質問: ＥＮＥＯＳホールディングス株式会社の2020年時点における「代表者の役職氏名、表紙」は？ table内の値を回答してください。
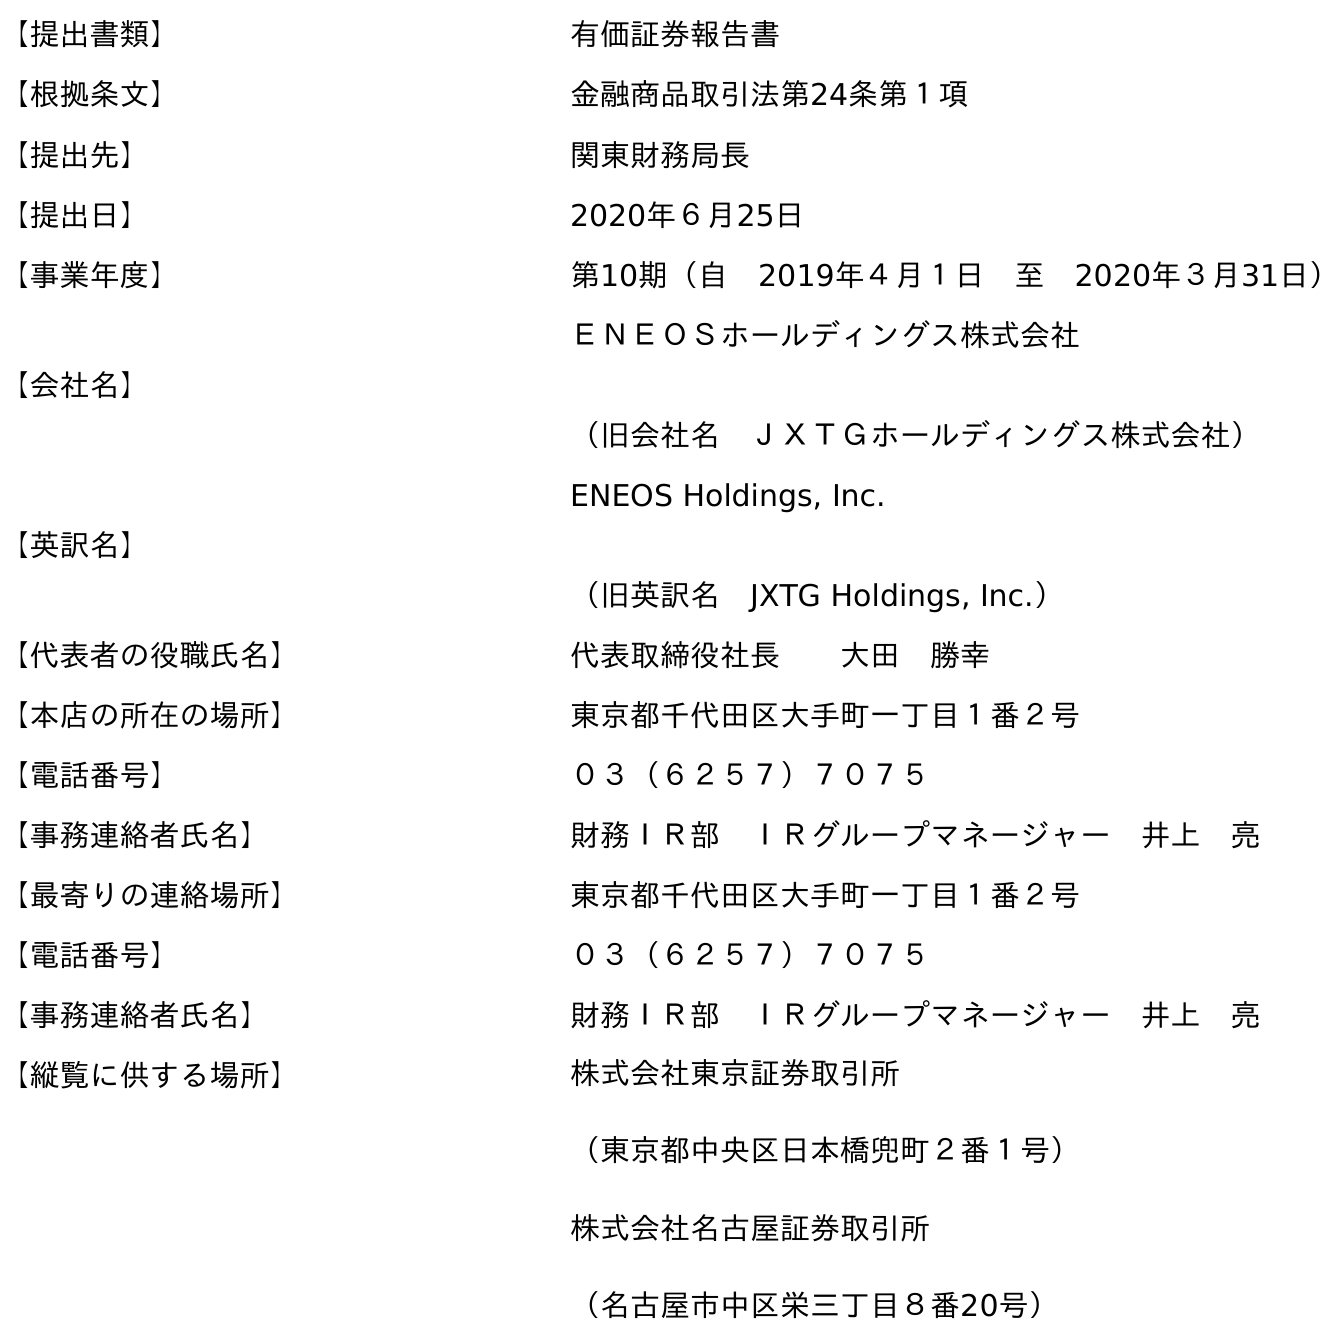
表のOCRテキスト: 【提出書類】 有価証券報告書 【根拠条文】 金融商品取引法第24条第１項 【提出先】 関東財務局長 【提出日】 2020年６月25日 【事業年度】 第10期（自 2019年４月１日 至 2020年３月31日） 【会社名】 ＥＮＥＯＳホールディングス株式会社 （旧会社名 ＪＸＴＧホールディングス株式会社） 【英訳名】 ENEOS Holdings, Inc. （旧英訳名 JXTG Holdings, Inc.） 【代表者の役職氏名】 代表取締役社長  大田 勝幸 【本店の所在の場所】 東京都千代田区大手町一丁目１番２号 【電話番号】 ０３（６２５７）７０７５ 【事務連絡者氏名】 財務ＩＲ部 ＩＲグループマネージャー 井上 亮 【最寄りの連絡場所】 東京都千代田区大手町一丁目１番２号 【電話番号】 ０３（６２５７）７０７５ 【事務連絡者氏名】 財務ＩＲ部 ＩＲグループマネージャー 井上 亮 【縦覧に供する場所】 株式会社東京証券取引所 （東京都中央区日本橋兜町２番１号） 株式会社名古屋証券取引所 （名古屋市中区栄三丁目８番20号）
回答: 代表取締役社長大田　勝幸